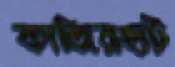
কাজিরহাট